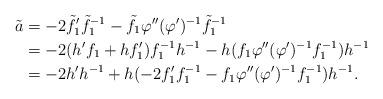
LaTeX: \begin{align*}\begin{aligned}\tilde a&=-2{\tilde f_1}'{\tilde f_1}^{-1}-\tilde f_1\varphi''(\varphi')^{-1}{\tilde f_1}^{-1}\\ &=-2(h'f_1+hf_1')f_1^{-1}h^{-1}-h(f_1\varphi''(\varphi')^{-1}f_1^{-1})h^{-1}\\ &=-2h'h^{-1}+h(-2f_1'f_1^{-1}-f_1\varphi''(\varphi')^{-1}f_1^{-1})h^{-1}.\end{aligned}\end{align*}